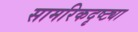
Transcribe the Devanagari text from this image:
सामरिकदृष्ट्या